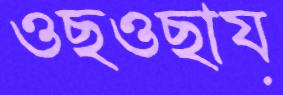
ওছওছায়